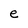
Character: e